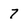
Character: 7